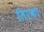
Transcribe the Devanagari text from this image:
लिएका